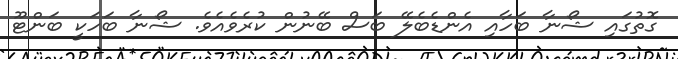
ގޮތުގައި ޝޯނާ ބަހާއި އެންޑެބެލޭ ބަސް ބޭނުން ކުރެވެއެވެ. ޝޯނާ ބަހަކީ ބަންޓޫ